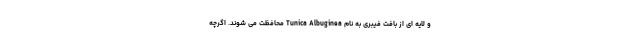
و لایه ای از بافت فیبری به نام Tunica Albuginea محافظت می شوند. اگرچه